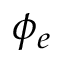
\phi _ { e }